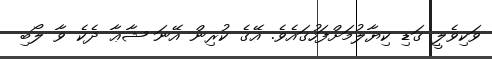
ވަކިވެލީ ގަޑި ކިޔާލުމަށްފަހުގައެވެ. އޭގެ ކުރިން އޭނަ ޝާޢާ ދެކެ ވާ ލޯބި